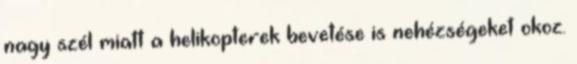
nagy szél miatt a helikopterek bevetése is nehézségeket okoz.